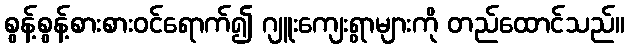
စွန့်စွန့်စားစားဝင်ရောက်၍ ဂျူးကျေးရွာများကို တည်ထောင်သည်။